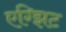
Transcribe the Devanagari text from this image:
एग्झिट